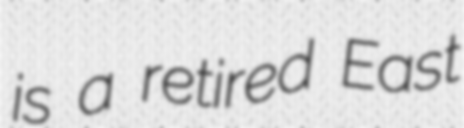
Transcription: is a retired East